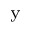
_ \mathrm { y }